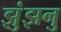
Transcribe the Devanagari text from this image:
झुंझनु